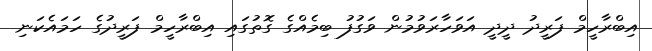
އިބްރާހީމް ފަރީދު ދީދީ އަވަހާރަވުމުން ވަގުފު ބިމެއްގެ ގޮތުގައި އިބްރާހީމް ފަރީދުގެ ހަމައެކަނި